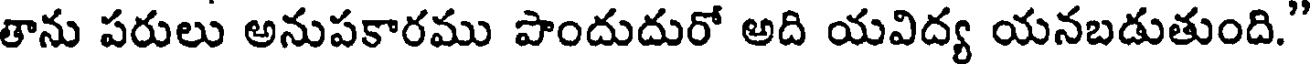
తాను పరులు అనుపకారము పొందుదురో అది యవిద్య యనబడుతుంది."